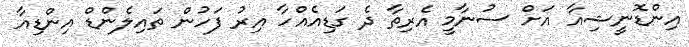
އިންޑޮނީޝިއާ އަށް ސުނާމީ އެރިތާ ދެ ގަޑިއެއްހާ އިރު ފަހުން ތައިލެންޑް އިންޑިއާ